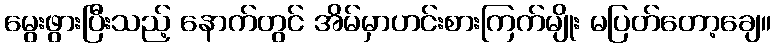
မွေးဖွားပြီးသည့် နောက်တွင် အိမ်မှာဟင်းစားကြက်မျိုး မပြတ်တော့ချေ။